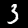
Digit: 3